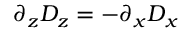
\partial _ { z } D _ { z } = - \partial _ { x } D _ { x }